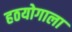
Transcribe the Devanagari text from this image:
हठयोगाला